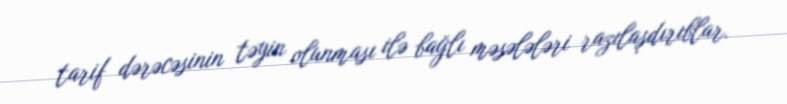
tarif dərəcəsinin təyin olunması ilə bağlı məsələləri razılaşdırıblar.